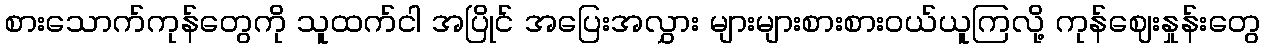
စားသောက်ကုန်တွေကို သူထက်ငါ အပြိုင် အပြေးအလွှား များများစားစားဝယ်ယူကြလို့ ကုန်ဈေးနှုန်းတွေ